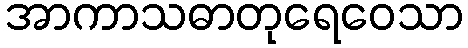
အာကာသဓာတုရေဝေသာ